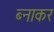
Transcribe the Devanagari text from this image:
ब्नाकर